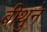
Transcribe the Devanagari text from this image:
बीथुने